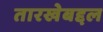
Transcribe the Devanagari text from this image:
तारखेबद्दल